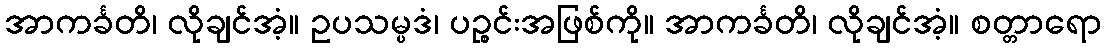
အာကင်္ခတိ၊ လိုချင်အံ့။ ဥပသမ္ပဒံ၊ ပဉ္စင်းအဖြစ်ကို။ အာကင်္ခတိ၊ လိုချင်အံ့။ စတ္တာရော